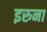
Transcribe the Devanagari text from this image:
इरुना